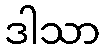
ဒါသာ